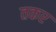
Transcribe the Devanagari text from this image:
तकर